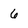
Character: 6